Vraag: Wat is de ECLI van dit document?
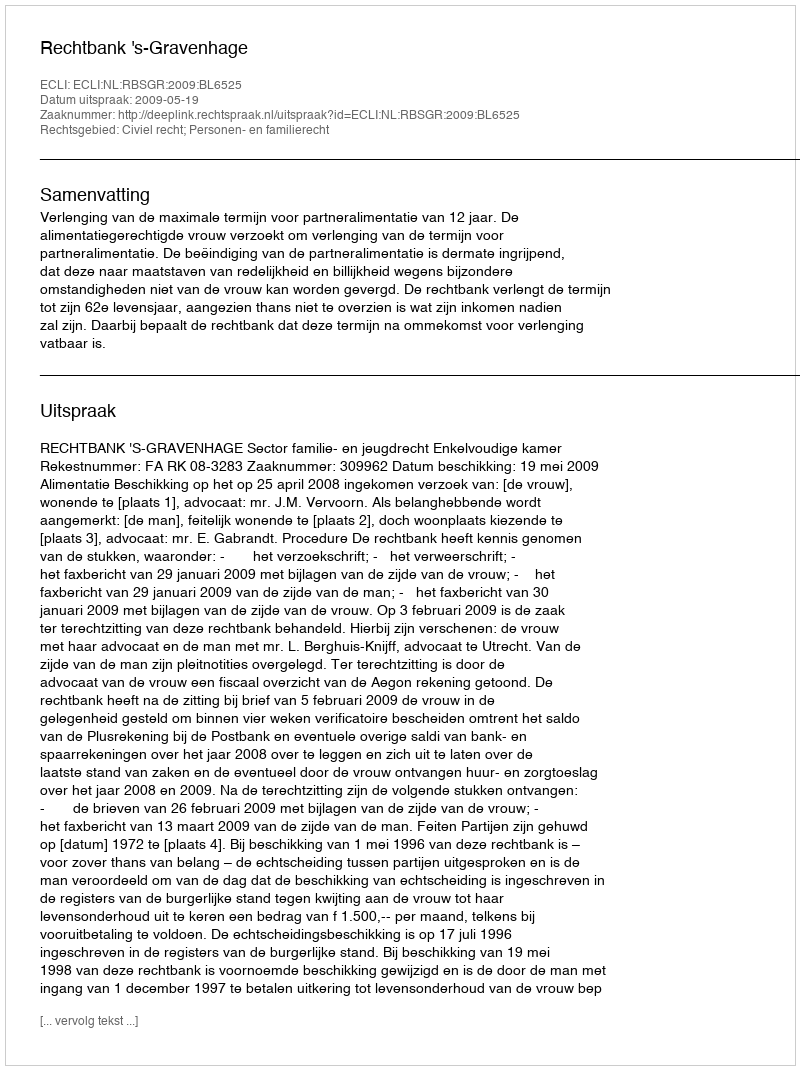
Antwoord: ECLI:NL:RBSGR:2009:BL6525